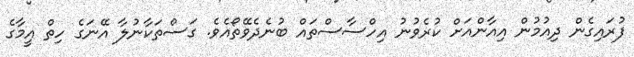
ފުރައިގެން ދިއުމުން އިއާންއަށް ކުރެވުނު އިހްސާސްތައް ބުނެދެވޭތޯއެވެ. ގަސްތަކާނުލާ އޭނަގެ ހިތް އީމާގެ